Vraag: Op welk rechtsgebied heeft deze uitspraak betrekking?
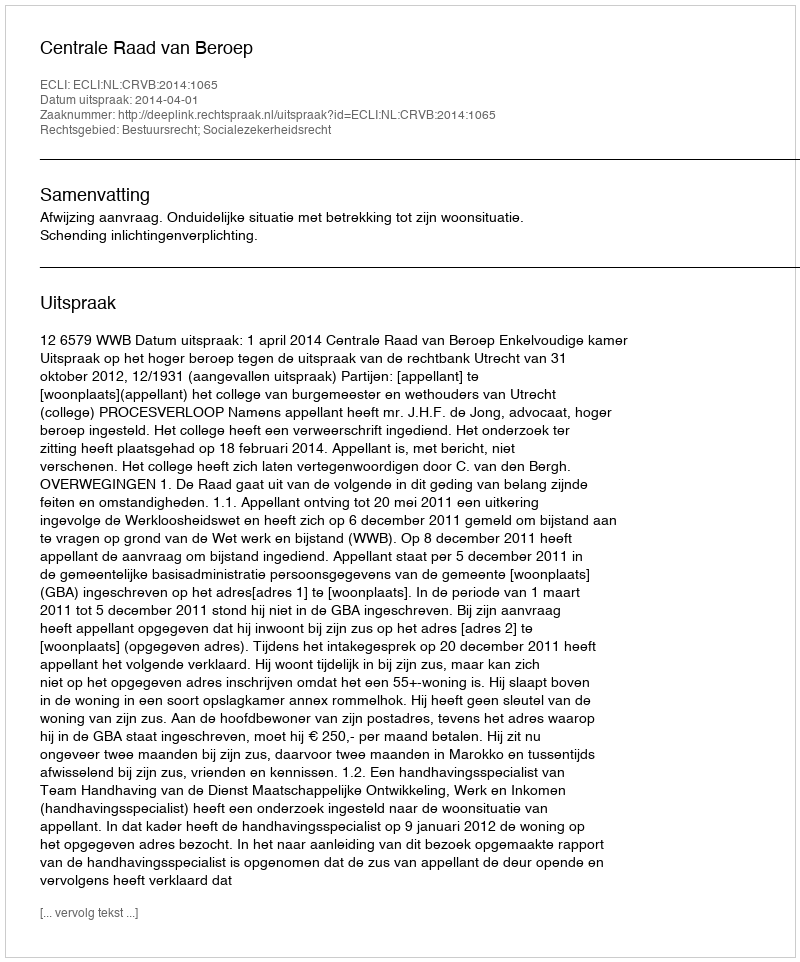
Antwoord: Bestuursrecht; Socialezekerheidsrecht